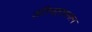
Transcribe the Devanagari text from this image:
अतिचलायमान